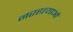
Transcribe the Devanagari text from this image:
नरहत्याओं